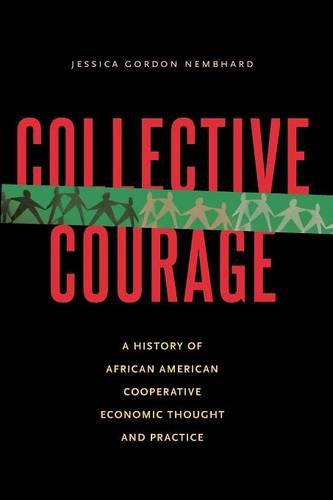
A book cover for Collective Courage: A History of African American Cooperative Economic Thought and Practice; Jessica Gordon Nembhard; History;